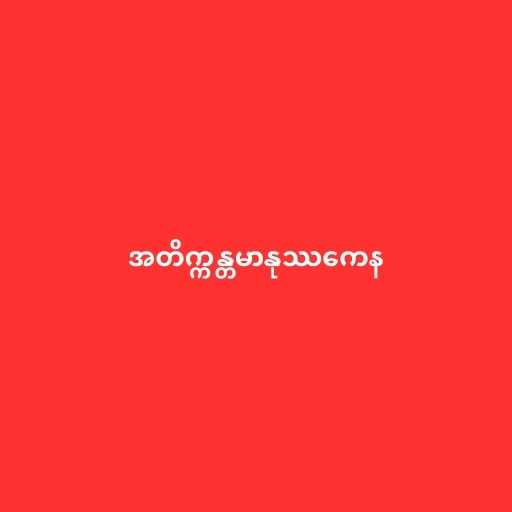
အတိက္ကန္တမာနုဿကေန